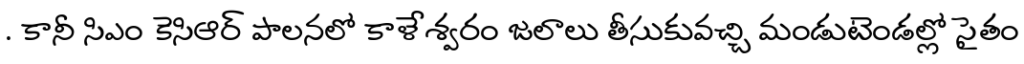
. కానీ సిఎం కెసిఆర్ పాలనలో కాళేశ్వరం జలాలు తీసుకువచ్చి మండుటెండల్లో సైతం